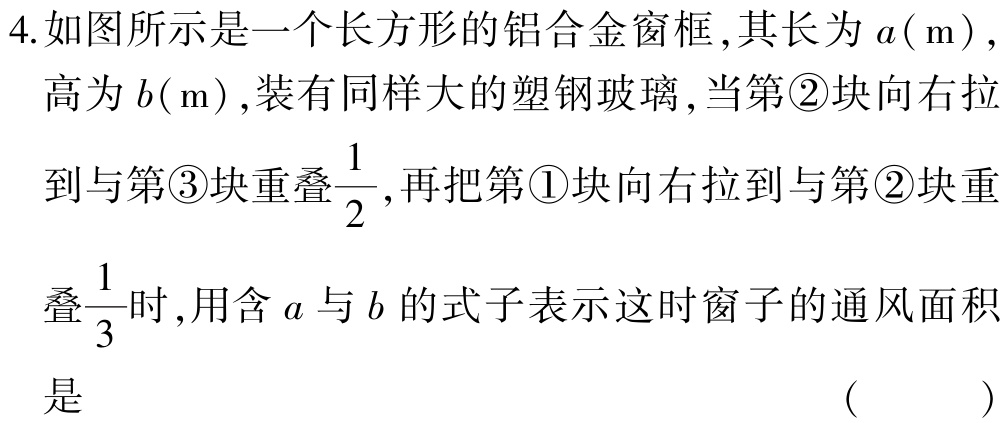
4.如图所示是一个长方形的铝合金窗框,其长为\(a(\mathrm{m})\),高为\(b(\mathrm{m})\),装有同样大的塑钢玻璃,当第\textcircled{2}块向右拉到与第\textcircled{3}块重叠\(\frac{1}{2}\),再把第\textcircled{1}块向右拉到与第\textcircled{2}块重叠\(\frac{1}{3}\)时,用含\(a\)与\(b\)的式子表示这时窗子的通风面积是 （  ）